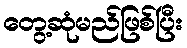
တွေ့ဆုံမည်ဖြစ်ပြီး